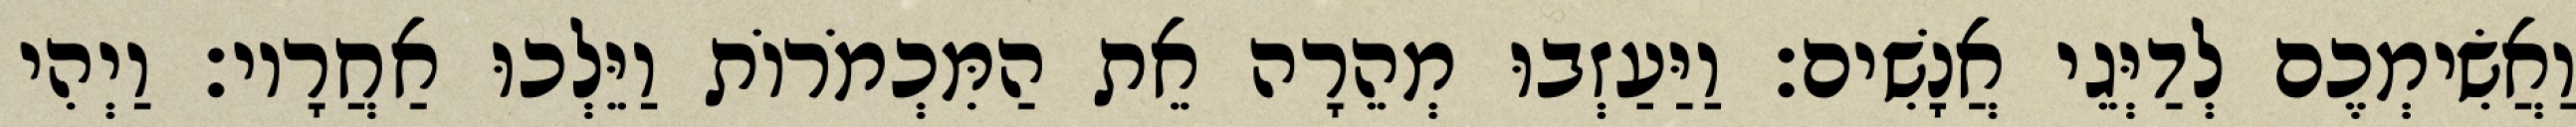
וַאֲשִׂימְכֶם לְדַיְּגֵי אֲנָשִׁים׃ וַיַּעַזְבוּ מְהֵרָה אֵת הַמִּכְמֹרוֹת וַיֵּלְכוּ אַחֲרָיו׃ וַיְהִי